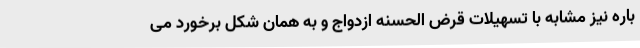
باره نیز مشابه با تسهیلات قرض الحسنه ازدواج و به همان شکل برخورد می